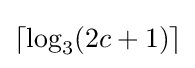
\lceil \log _{3}(2c+1)\rceil